Annual report on the working of the lock hospitals in the North-Western Provinces and Oudh
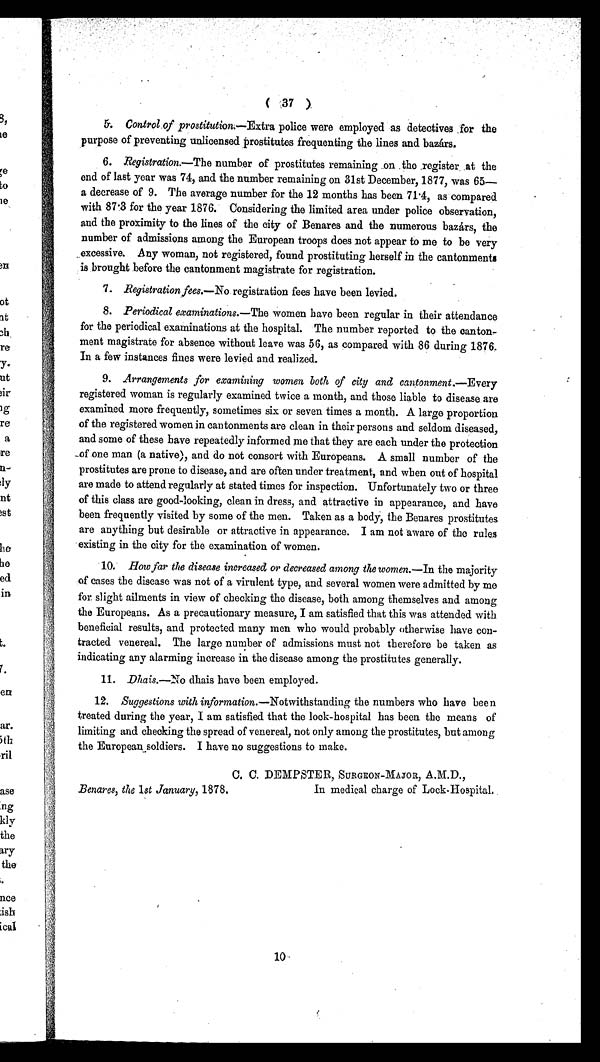
( 37 )
5. Control of prostitution.—Extra police were employed as detectives for the
purpose of preventing unlicensed prostitutes frequenting the lines and bazárs.
6. Registration.—The number of prostitutes remaining on the register at the
end of last year was 74, and the number remaining on 31st December, 1877, was 65
—a decrease of 9. The average number for the 12 months has been 71 .4, as compared
with 87 .3 for the year 1876. Considering the limited area under police observation,
and the proximity to the lines of the city of Benares and the numerous bazárs, the
number of admissions among the European troops does not appear to me to be very
excessive. Any woman, not registered, found prostituting herself in the cantonments
is brought before the cantonment magistrate for registration.
7. Registration fees.—No registration fees have been levied.
8. Periodical examinations.— The women have been regular in their attendance
for the periodical examinations at the hospital. The number reported to the canton-
ment magistrate for absence without leave was 56, as compared with 86 during 1876.
In a few instances fines were levied and realized.
9. Arrangements for examining women both of city and cantonment.—Every
registered woman is regularly examined twice a month, and those liable to disease are
examined more frequently, sometimes six or seven times a month. A large proportion
of the registered women in cantonments are clean in their persons and seldom diseased,
and some of these have repeatedly informed me that they are each under the protection
of one man (a native), and do not consort with Europeans. A small number of the
prostitutes are prone to disease, and are often under treatment, and when out of hospital
are made to attend regularly at stated times for inspection. Unfortunately two or three
of this class are good-looking, clean in dress, and attractive in appearance, and have
been frequently visited by some of the men. Taken as a body, the Benares prostitutes
are anything but desirable or attractive in appearance. I am not aware of the rules
existing in the city for the examination of women.
10.
How far the disease increased or decreased among the women.— In the majority
of cases the disease was not of a virulent type, and several women were admitted by me
for slight ailments in view of checking the disease, both among themselves and among
the Europeans. As a precautionary measure, I am satisfied that this was attended with
beneficial results, and protected many men who would probably otherwise have con-
tracted venereal. The large number of admissions must not therefore be taken as
indicating any alarming increase in the disease among the prostitutes generally.
11. Dhais.—No dhais have been employed.
12. Suggestions with information. —Notwithstanding the numbers who have been
treated during the year, I am satisfied that the lock-hospital has been the means of
limiting and checking the spread of venereal, not only among the prostitutes, but among
the European soldiers. I have no suggestions to make.
C. C. DEMPSTER, SURGEON-MAJOR, A.M.D .,
Benares, the 1st January, 1878.
In medical charge of Lock-Hospital.
10